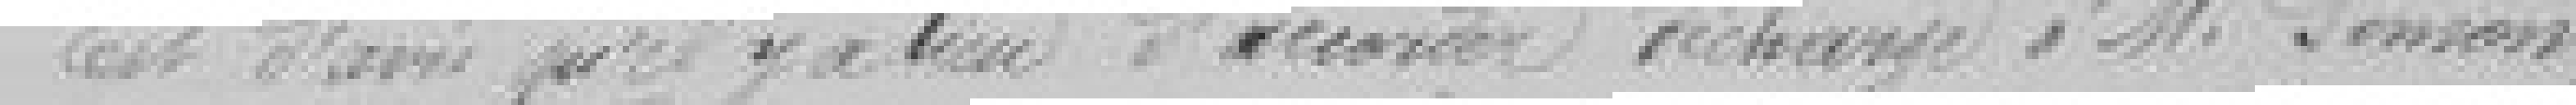
Est d'avis qu'il y a lieu d'accorder décharge à monsieur Simon